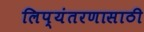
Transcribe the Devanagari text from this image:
लिप्यंतरणासाठी